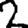
Digit: 2